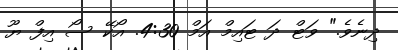
ދިނެވެ." ވަޓް ދަ ޓައިމް އަމް 4:30. އޯކޭ ސޯ އިފް ޔޫ